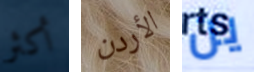
أكثر الأردن ين